Civil Veterinary Dept. North-West Frontier Province 1923-32 - 1923-1932
Year: 1923
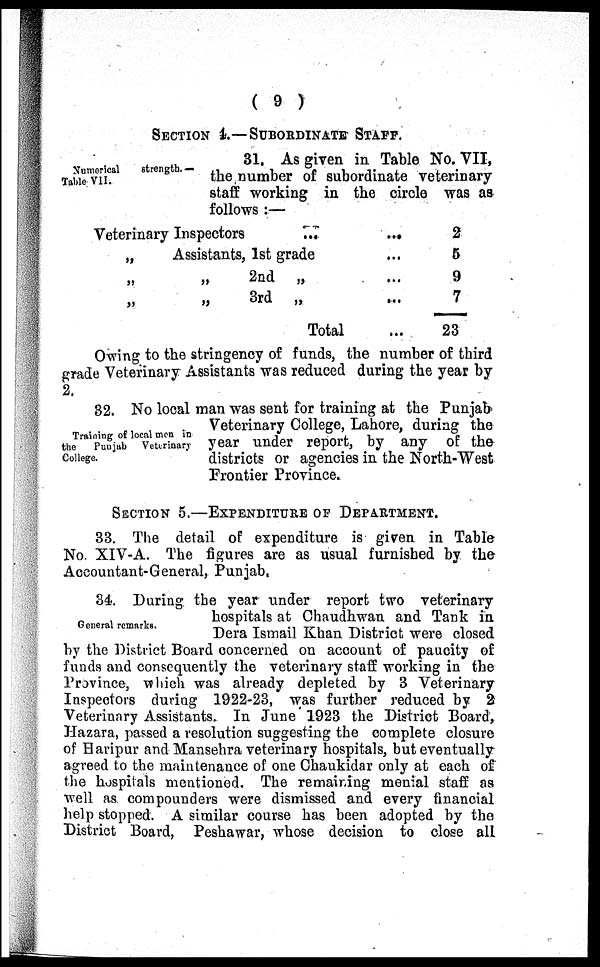
( 9 )
SECTION 4.—SUBORDINATE STAFF.
Numerical
strength.—
Table VII.
31. As given in Table No. VII,
the number of subordinate veterinary
staff working in the circle was as
follows :—
Veterinary Inspectors
...
„
Assistants, 1st grade
„
„
2nd „
„ „ 3rd
„
Total
...
...
...
...
...
2
5
9
7
23
Owing to the stringency of funds, the number of third
grade Veterinary Assistants was reduced during the year by
2.
Training of local men in
the
Punjab
Veterinary
College.
32. No local man was sent for training at the Punjab
Veterinary College, Lahore, during the
year under report, by any of the
districts or agencies in the North-West
Frontier Province.
SECTION 5.—EXPENDITURE OF DEPARTMENT.
33. The detail of expenditure is given in Table
No. XIV-A. The figures are as usual furnished by the
Accountant-General, Punjab,
General remarks.
34. During the year under report two veterinary
hospitals at Chaudhwan and Tank in
Dera Ismail Khan District were closed
by the District Board concerned on account of paucity of
funds and consequently the veterinary staff working in the
Province, which was already depleted by 3 Veterinary
Inspectors during 1922-23, was further reduced by 2
Veterinary Assistants. In June 1923 the District Board,
Hazara, passed a resolution suggesting the complete closure
of Haripur and Mansehra veterinary hospitals, but eventually
agreed to the maintenance of one Chaukidar only at each of
the hospitals mentioned. The remaining menial staff as
well as compounders were dismissed and every financial
help stopped. A similar course has been adopted by the
District Board, Peshawar, whose decision to close all